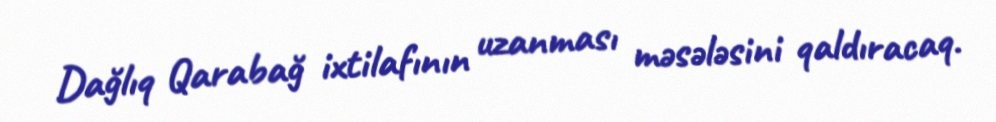
Dağlıq Qarabağ ixtilafının uzanması məsələsini qaldıracaq.